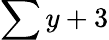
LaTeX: \sum y+3